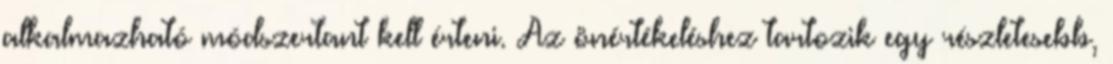
alkalmazható módszertant kell érteni. Az önértékeléshez tartozik egy részletesebb,